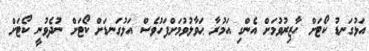
އަޅުގަނޑު ކޯޓަށް ހާޒިރުވުމަށް އެންގި އަމުރާ ޙަވާލުވުމަށްފަހުވެސް އަޅުގަނޑަށް ކޯޓަށް ނުދެވުނީ ކޯޓަށް